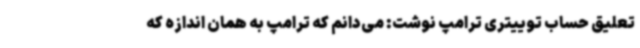
تعلیق حساب توییتری ترامپ نوشت: می‌دانم که ترامپ به همان اندازه که